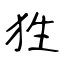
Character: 狌